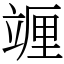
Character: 竰